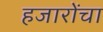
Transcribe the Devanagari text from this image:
हजारोंचा